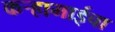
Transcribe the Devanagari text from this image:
कऱ्हामाईचा